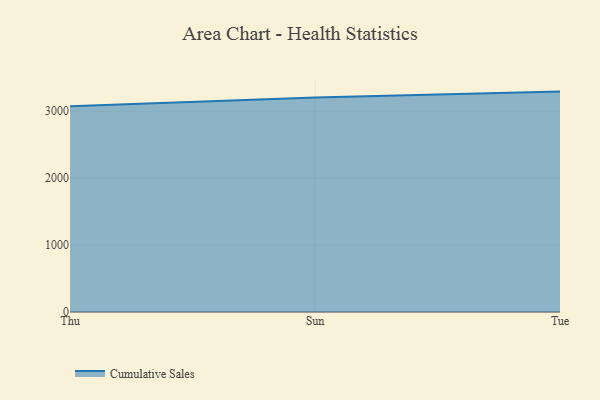
{"axis": {"x": "Day", "y": "Conversion Rate (%)"}, "legend": ["Cumulative Sales"], "data": [{"x": "Thu", "y": 3072.8, "type": "Cumulative Sales"}, {"x": "Sun", "y": 3204.9, "type": "Cumulative Sales"}, {"x": "Tue", "y": 3292.9, "type": "Cumulative Sales"}]}